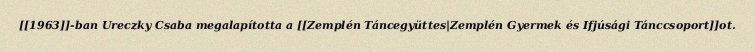
[[1963]]-ban Ureczky Csaba megalapította a [[Zemplén Táncegyüttes|Zemplén Gyermek és Ifjúsági Tánccsoport]]ot.